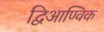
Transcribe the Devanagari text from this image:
द्विआण्विक